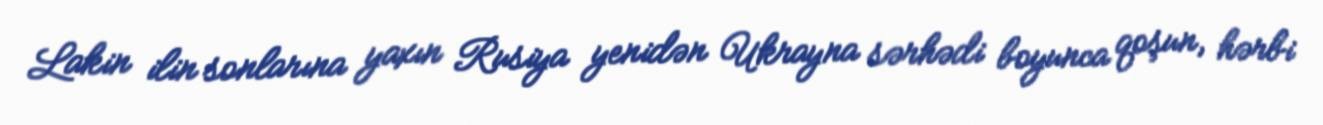
Lakin ilin sonlarına yaxın Rusiya yenidən Ukrayna sərhədi boyunca qoşun, hərbi